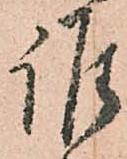
誰